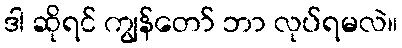
ဒါ ဆိုရင် ကျွန်တော် ဘာ လုပ်ရမလဲ။